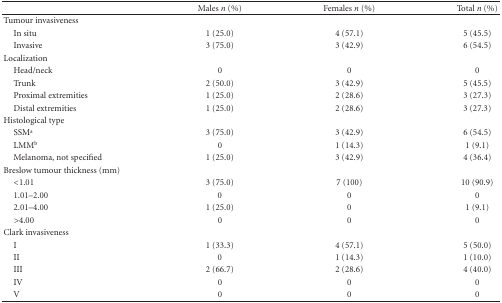
<table><thead><tr><td></td><td><b>Males <i>n</i> (%)</b></td><td><b>Females <i>n</i> (%)</b></td><td><b>Total <i>n</i> (%)</b></td></tr></thead><tbody><tr><td>Tumour invasiveness</td><td></td><td></td><td></td></tr><tr><td> In situ</td><td>1 (25.0)</td><td>4 (57.1)</td><td>5 (45.5)</td></tr><tr><td> Invasive</td><td>3 (75.0)</td><td>3 (42.9)</td><td>6 (54.5)</td></tr><tr><td>Localization</td><td></td><td></td><td></td></tr><tr><td> Head/neck</td><td>0</td><td>0</td><td>0</td></tr><tr><td> Trunk</td><td>2 (50.0)</td><td>3 (42.9)</td><td>5 (45.5)</td></tr><tr><td> Proximal extremities</td><td>1 (25.0)</td><td>2 (28.6)</td><td>3 (27.3)</td></tr><tr><td> Distal extremities</td><td>1 (25.0)</td><td>2 (28.6)</td><td>3 (27.3)</td></tr><tr><td>Histological type</td><td></td><td></td><td></td></tr><tr><td> SSM<sup>a</sup></td><td>3 (75.0)</td><td>3 (42.9)</td><td>6 (54.5)</td></tr><tr><td> LMM<sup>b</sup></td><td>0</td><td>1 (14.3)</td><td>1 (9.1)</td></tr><tr><td> Melanoma, not specified</td><td>1 (25.0)</td><td>3 (42.9)</td><td>4 (36.4)</td></tr><tr><td>Breslow tumour thickness (mm)</td><td></td><td></td><td></td></tr><tr><td> &lt;1.01</td><td>3 (75.0)</td><td>7 (100)</td><td>10 (90.9)</td></tr><tr><td> 1.01–2.00</td><td>0</td><td>0</td><td>0</td></tr><tr><td> 2.01–4.00</td><td>1 (25.0)</td><td>0</td><td>1 (9.1)</td></tr><tr><td> &gt;4.00</td><td>0</td><td>0</td><td>0</td></tr><tr><td>Clark invasiveness</td><td></td><td></td><td></td></tr><tr><td> I</td><td>1 (33.3)</td><td>4 (57.1)</td><td>5 (50.0)</td></tr><tr><td> II</td><td>0</td><td>1 (14.3)</td><td>1 (10.0)</td></tr><tr><td> III</td><td>2 (66.7)</td><td>2 (28.6)</td><td>4 (40.0)</td></tr><tr><td> IV</td><td>0</td><td>0</td><td>0</td></tr><tr><td> V</td><td>0</td><td>0</td><td>0</td></tr></tbody></table>